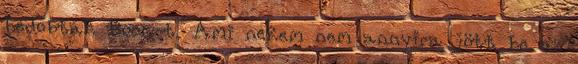
bedobták Boon-t. Ami nekem nem annyira jött be az